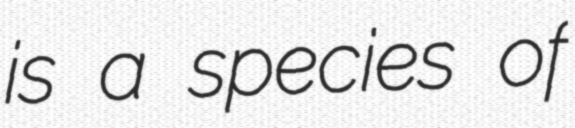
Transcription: is a species of